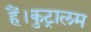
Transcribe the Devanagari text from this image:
हैं।कुट्रालम